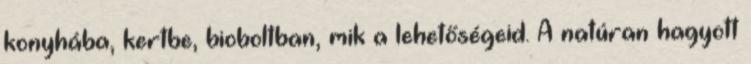
konyhába, kertbe, bioboltban, mik a lehetőségeid. A natúran hagyott